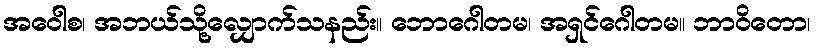
အဝေါစ၊ အဘယ်သို့လျှောက်သနည်း။ ဘောဂေါတမ၊ အရှင်ဂေါတမ။ ဘာဝိတော၊